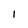
Character: 1